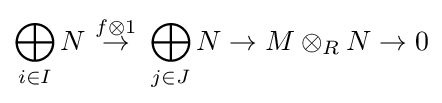
\bigoplus _{i\in I}N\ {\overset {f\otimes 1}{\to }}\ \bigoplus _{j\in J}N\to M\otimes _{R}N\to 0